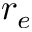
r _ { e }